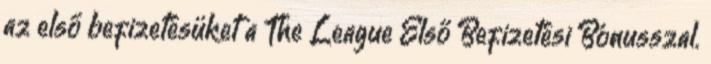
az első befizetésüket a The League Első Befizetési Bónusszal.